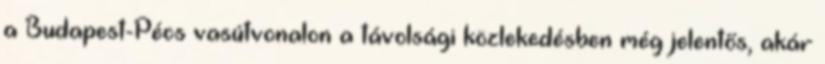
a Budapest-Pécs vasútvonalon a távolsági közlekedésben még jelentős, akár